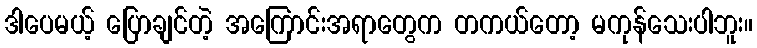
ဒါပေမယ့် ပြောချင်တဲ့ အကြောင်းအရာတွေက တကယ်တော့ မကုန်သေးပါဘူး။